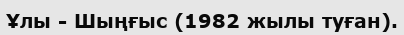
Ұлы - Шыңғыс (1982 жылы туған).